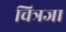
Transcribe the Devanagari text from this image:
चित्रजा